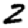
Digit: 2